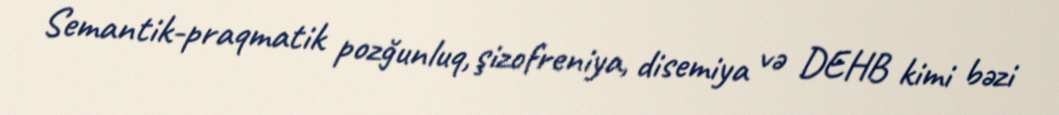
Semantik-praqmatik pozğunluq, şizofreniya, disemiya və DEHB kimi bəzi